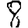
Digit: 8